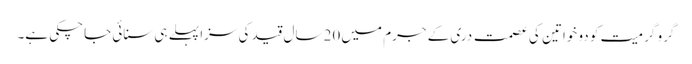
گرو گرمیت کو دو خواتین کی عصمت دری کے جرم میں 20 سال قید کی سزا پہلے ہی سنائی جاچکی ہے۔